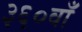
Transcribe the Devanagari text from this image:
३६०वाँ